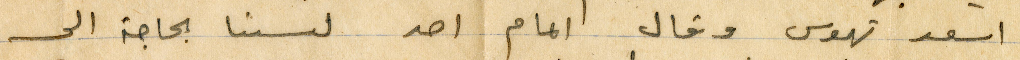
اسعد تهوس وقال امام احد لسنا بحاجة الى